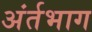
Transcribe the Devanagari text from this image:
अंर्तभाग